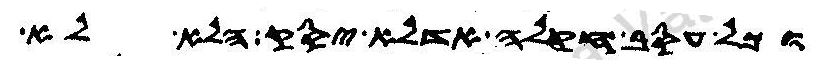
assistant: וכל עסב חקלה אדלא יסק הלא לא